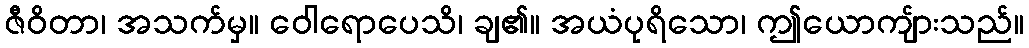
ဇီဝိတာ၊ အသက်မှ။ ဝေါရောပေသိ၊ ချ၏။ အယံပုရိသော၊ ဤယောကျ်ားသည်။